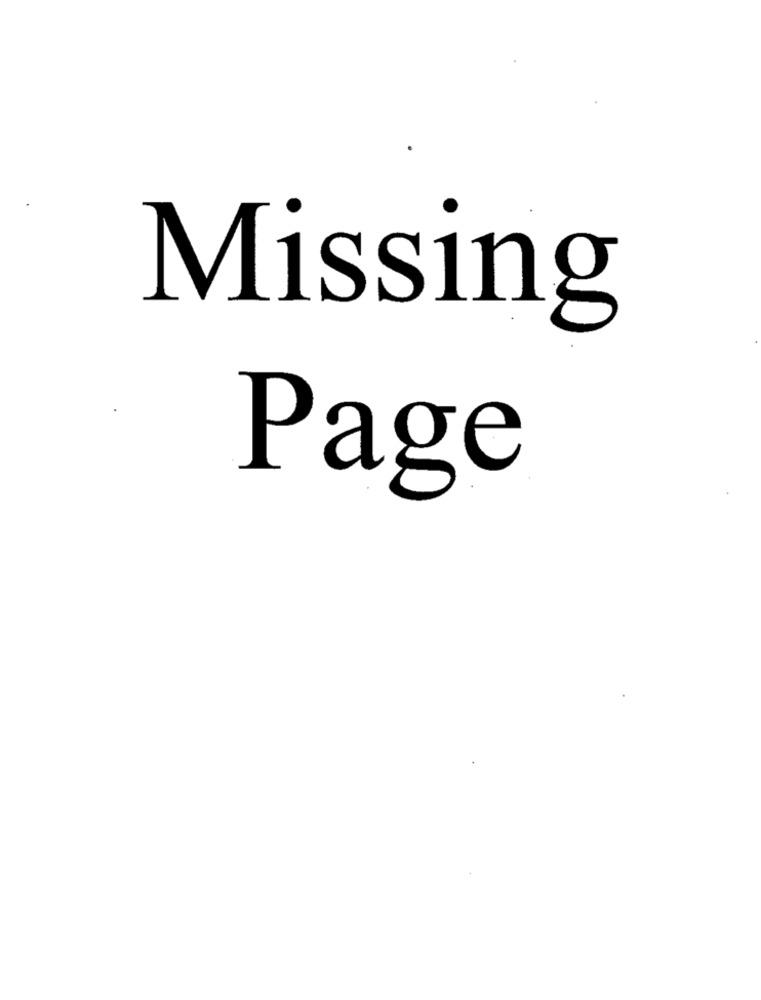
Missing
Page